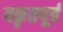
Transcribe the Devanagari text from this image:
यकृतपूर्व